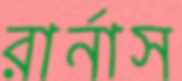
রার্নাস